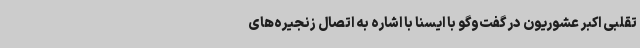
تقلبی اکبر عشوریون در گفت‌وگو با ایسنا با اشاره به اتصال زنجیره‌های